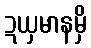
ဍယှမာနမှိ